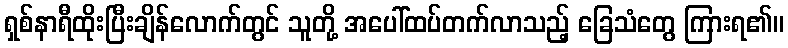
ရှစ်နာရီထိုးပြီးချိန်လောက်တွင် သူတို့ အပေါ်ထပ်တက်လာသည့် ခြေသံတွေ ကြားရ၏။